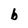
Character: b